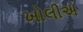
ખોલીએ